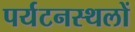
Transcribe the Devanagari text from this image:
पर्यटनस्थलों